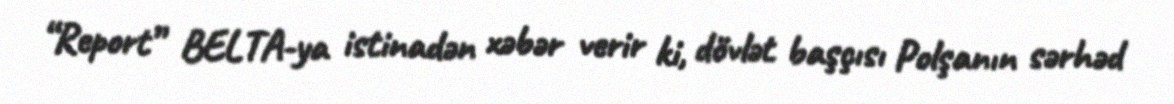
“Report” BELTA-ya istinadən xəbər verir ki, dövlət başçısı Polşanın sərhəd